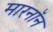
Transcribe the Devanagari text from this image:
मारनॉन